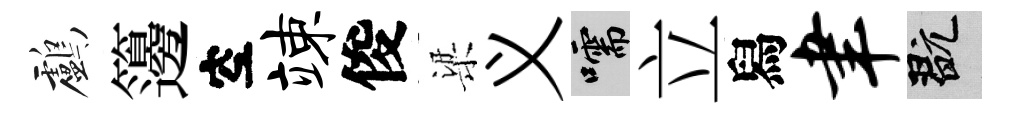
鸕籩空竦俊梁义嚅立舄聿玩